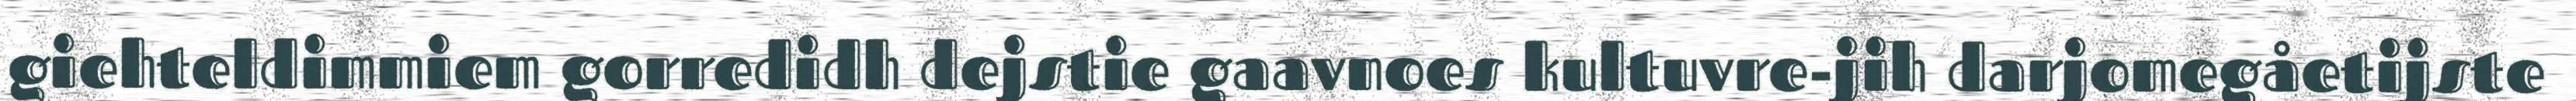
giehteldimmiem gorredidh dejstie gaavnoes kultuvre-jih darjomegåetijste